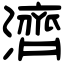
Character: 濟